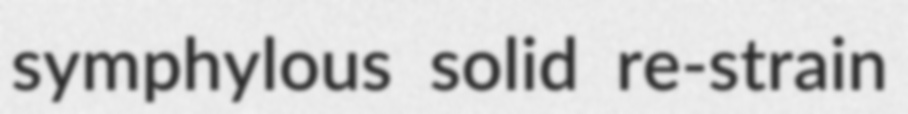
symphylous solid re-strain